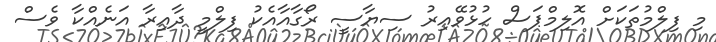
މި ފިލްމުތަކަށް އޮލިމްޕަސް ހުޅުވޭއިރު ސިޔާސީ ރޯގާއާއެކު ފިލްމީ ދާއިރާ އަނެއްކާ ވެސް